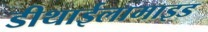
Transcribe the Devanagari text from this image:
डीथाईलामाइड